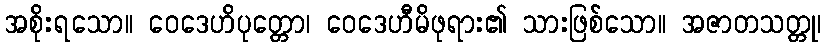
အစိုးရသော။ ဝေဒေဟိပုတ္တော၊ ဝေဒေဟီမိဖုရား၏ သားဖြစ်သော။ အဇာတသတ္တု၊